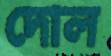
দোল